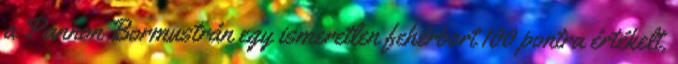
a Pannon Bormustrán egy ismeretlen fehérbort 100 pontra értékelt,